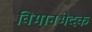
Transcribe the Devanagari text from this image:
विमानभेदक